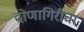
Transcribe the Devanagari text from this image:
द्रोणागिरीचा